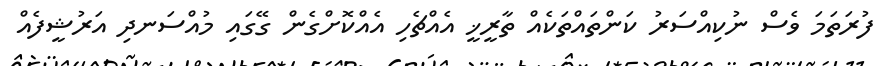
ފުރަތަމަ ވެސް ނުކިއްސަރު ކަންތައްތަކެއް ތާރީޚީ އެއްޗެހި އެއްކޮށްގެން ގޭގައި މުއްސަނދި އަރުޝީފެއް